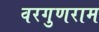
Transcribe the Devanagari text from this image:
वरगुणराम